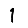
Digit: 1